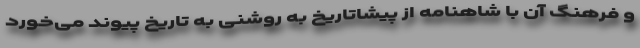
و فرهنگ آن با شاهنامه از پیشاتاریخ به روشنی به تاریخ پیوند می‌خورد